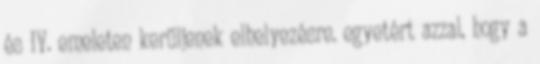
és IV. emeleten kerüljenek elhelyezésre. egyetért azzal, hogy a